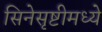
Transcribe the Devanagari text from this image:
सिनेसृष्टीमध्ये